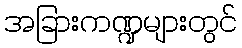
အခြားကဏ္ဍများတွင်